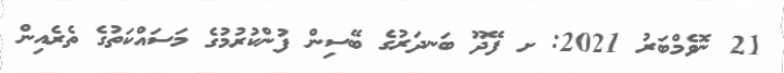
21 ނޮވެމްބަރު 2021: ށ ފޭދޫ ބަނދަރުގެ ބޭސިން ފުންކުރުމުގެ މަސައްކަތުގެ ތެރެއިން